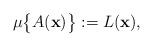
LaTeX: \begin{align*} \mu\bigl\{A({\mathbf x})\bigr\}:=L({\mathbf x}),\end{align*}